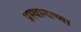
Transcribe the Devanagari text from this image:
प्रस्थानाच्या